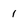
Character: 1